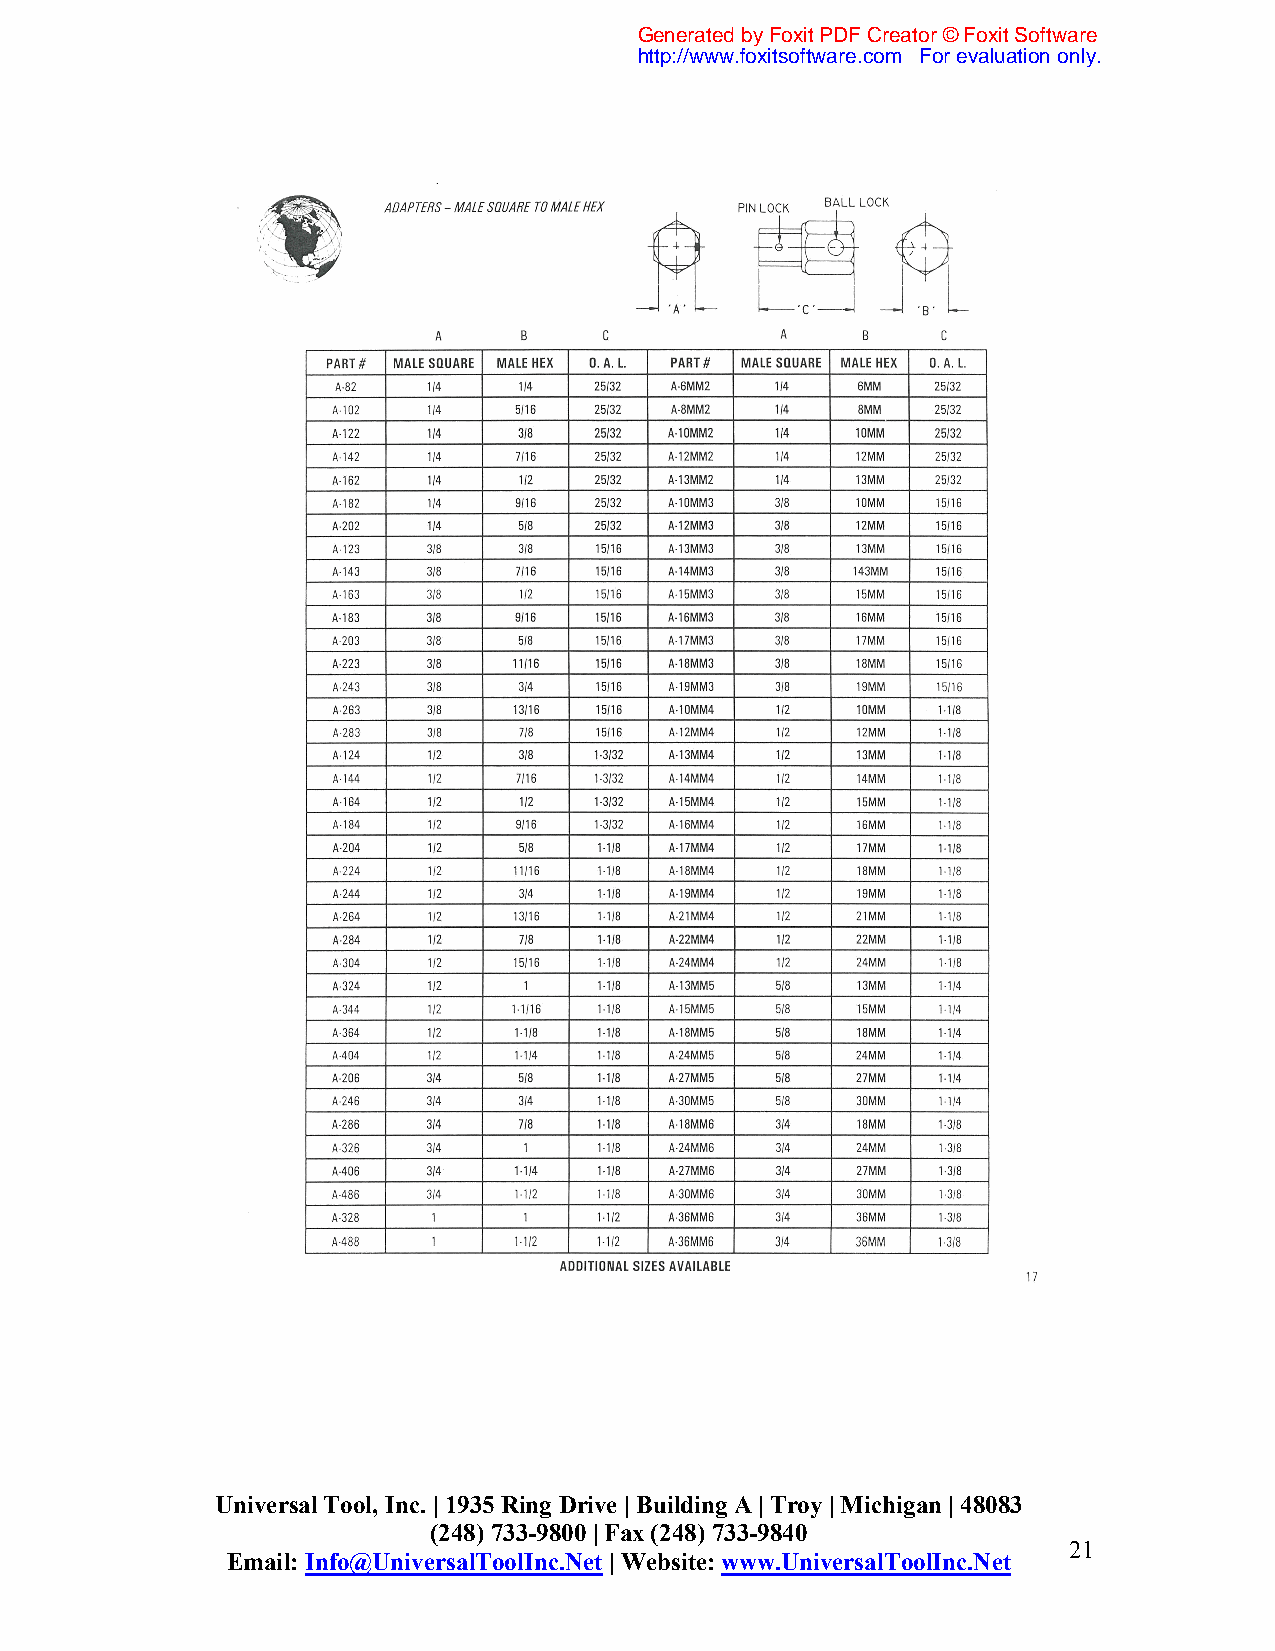
Generated by Foxit PDF Creator © Foxit Software
 http://www.foxitsoftware.com For evaluation only.
 Universal Tool, Inc. | 1935 Ring Drive | Building A | Troy | Michigan | 48083
 (248) 733-9800 | Fax (248) 733-9840
 21
 Email: Info@UniversalToolInc.Net | Website: www.UniversalToolInc.Net